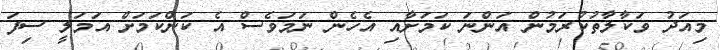
މިއަދު ވަކާލާތުކުރަމުން އަންނަ ކަމަށާއި އެހެން ނަމަވެސް އެ ކަންކަމަށް އަމަލީ ސިފަ